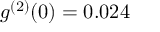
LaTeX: g ^ { ( 2 ) } ( 0 ) = 0 . 0 2 4